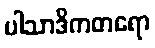
ပါသာဒိကတရော